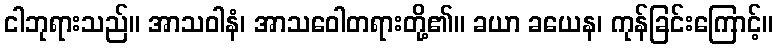
ငါဘုရားသည်။ အာသဝါနံ၊ အာသဝေါတရားတို့၏။ ခယာ ခယေန၊ ကုန်ခြင်းကြောင့်။